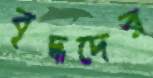
বৃদ্ধদের